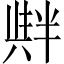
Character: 𠦺